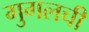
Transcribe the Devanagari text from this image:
गुगलची